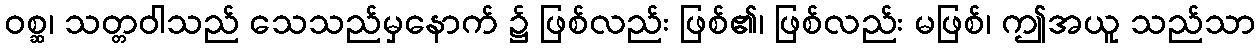
ဝစ္ဆ၊ သတ္တဝါသည် သေသည်မှနောက် ၌ ဖြစ်လည်း ဖြစ်၏၊ ဖြစ်လည်း မဖြစ်၊ ဤအယူ သည်သာ